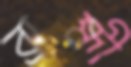
ব্রাহ্মী